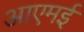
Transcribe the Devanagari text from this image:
आएमई